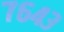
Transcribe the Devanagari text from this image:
७६४३